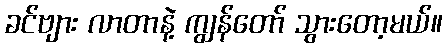
ခင်ဗျား လာတာနဲ့ ကျွန်တော် သွားတော့မယ်။